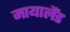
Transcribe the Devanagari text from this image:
मायालैंड